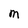
Character: M